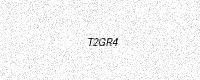
Text: T2GR4